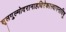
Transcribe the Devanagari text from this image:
शूलगुल्मोदरानाहधिरेकास्थापनादिषु